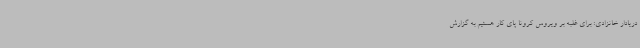
دریادار خانزادی: برای غلبه بر ویروس کرونا پای کار هستیم به گزارش